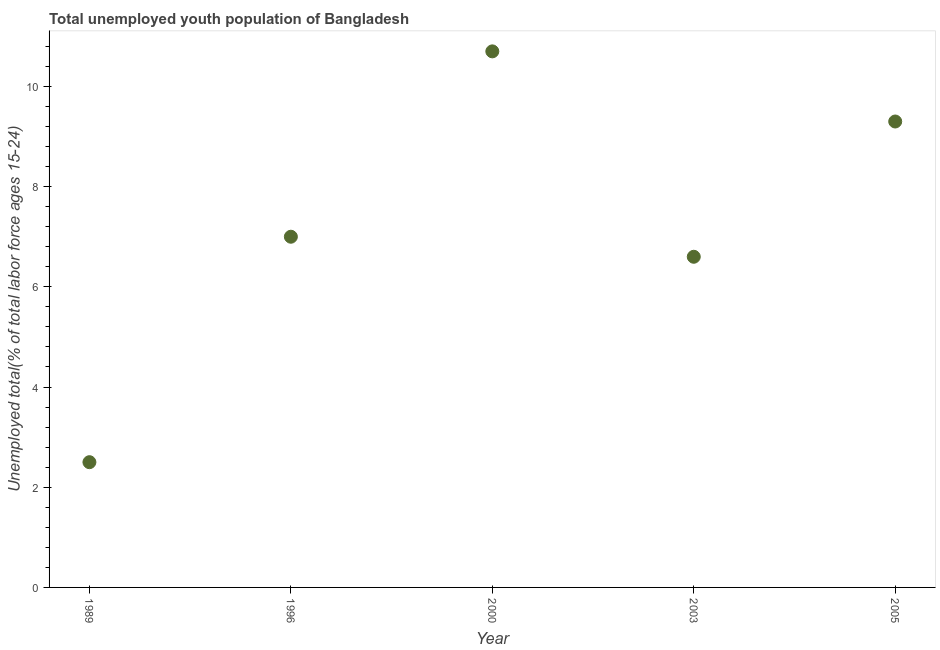
| Year | Unemployment youth total |
 | --- | --- |
 | 1989 | 2.5 |
 | 1996 | 7 |
 | 2000 | 10.7 |
 | 2003 | 6.6 |
 | 2005 | 9.3 |